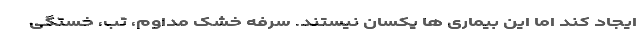
ایجاد کند اما این بیماری ها یکسان نیستند. سرفه خشک مداوم، تب، خستگی